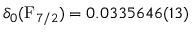
\delta _ { 0 } ( \mathrm { F } _ { 7 / 2 } ) = 0 . 0 3 3 5 6 4 6 ( 1 3 )